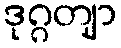
ဒုဂ္ဂတျာ